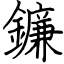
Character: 鐮